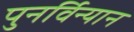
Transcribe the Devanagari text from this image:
पुनर्विन्यान